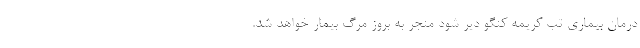
درمان بیماری تب کریمه کنگو دیر شود منجر به بروز مرگ بیمار خواهد شد.